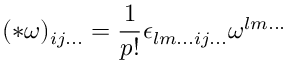
( * \omega ) _ { i j . . . } = \frac { 1 } { p ! } \epsilon _ { l m . . . i j . . . } \omega ^ { l m . . . }